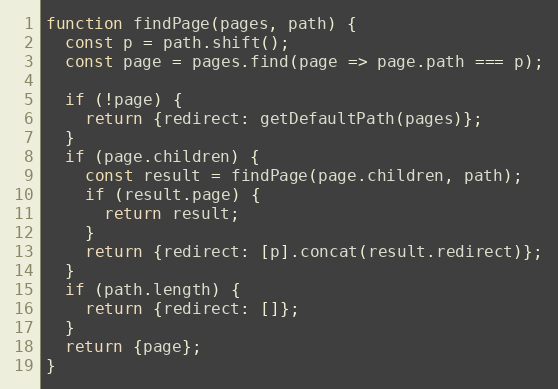
Language: JavaScript
function findPage(pages, path) {
  const p = path.shift();
  const page = pages.find(page => page.path === p);

  if (!page) {
    return {redirect: getDefaultPath(pages)};
  }
  if (page.children) {
    const result = findPage(page.children, path);
    if (result.page) {
      return result;
    }
    return {redirect: [p].concat(result.redirect)};
  }
  if (path.length) {
    return {redirect: []};
  }
  return {page};
}